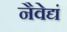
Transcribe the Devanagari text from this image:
नैवेद्यं